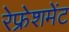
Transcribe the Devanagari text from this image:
रेफ्रेशमेंट